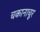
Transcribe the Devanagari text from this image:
चकानाचूर